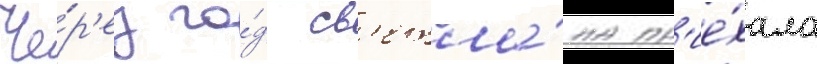
Че́р'ез го́д св'етла́на пр'ие́хала